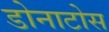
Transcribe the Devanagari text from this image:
डोनाटोस